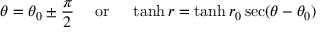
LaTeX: \theta = \theta _ { 0 } \pm { \frac { \pi } { 2 } } \quad { \mathrm { ~ o r ~ } } \quad \operatorname { t a n h } r = \operatorname { t a n h } r _ { 0 } \sec ( \theta - \theta _ { 0 } )